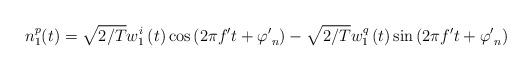
LaTeX: \begin{align*}n_1^p(t) = \sqrt {{{\rm{2}} \mathord{\left/{\vphantom {{\rm{2}} T}} \right. \kern-\nulldelimiterspace} T}} w_1^i\left( t \right)\cos \left( {2\pi f't + {{\varphi '}_n}} \right) - \sqrt {{{\rm{2}} \mathord{\left/{\vphantom {{\rm{2}} T}} \right.\kern-\nulldelimiterspace} T}} w_1^q\left( t \right)\sin \left( {2\pi f't + {{\varphi '}_n}} \right) \end{align*}